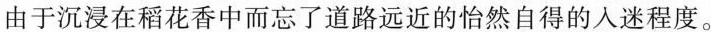
由于沉浸在稻花香中而忘了道路远近的怡然自得的入迷程度。